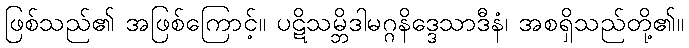
ဖြစ်သည်၏ အဖြစ်ကြောင့်။ ပဋိသမ္ဘိဒါမဂ္ဂနိဒ္ဒေသာဒီနံ၊ အစရှိသည်တို့၏။